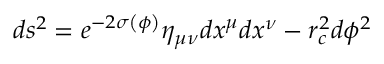
d s ^ { 2 } = e ^ { - 2 \sigma \left( \phi \right) } \eta _ { \mu \nu } d x ^ { \mu } d x ^ { \nu } - r _ { c } ^ { 2 } d \phi ^ { 2 }